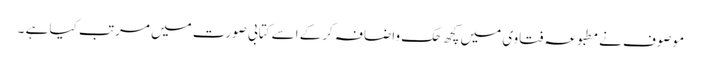
موصوف نےمطبوعہ فتاوی میں کچھ حک واضافہ کرکے اسے کتابی صورت میں مرتب کیا ہے ۔